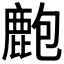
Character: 𪊡